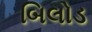
બિલોડ